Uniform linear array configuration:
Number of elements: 4
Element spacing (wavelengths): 1
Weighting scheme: binomial
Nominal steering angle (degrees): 45
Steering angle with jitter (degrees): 44.23
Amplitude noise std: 0.05
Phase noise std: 0.05

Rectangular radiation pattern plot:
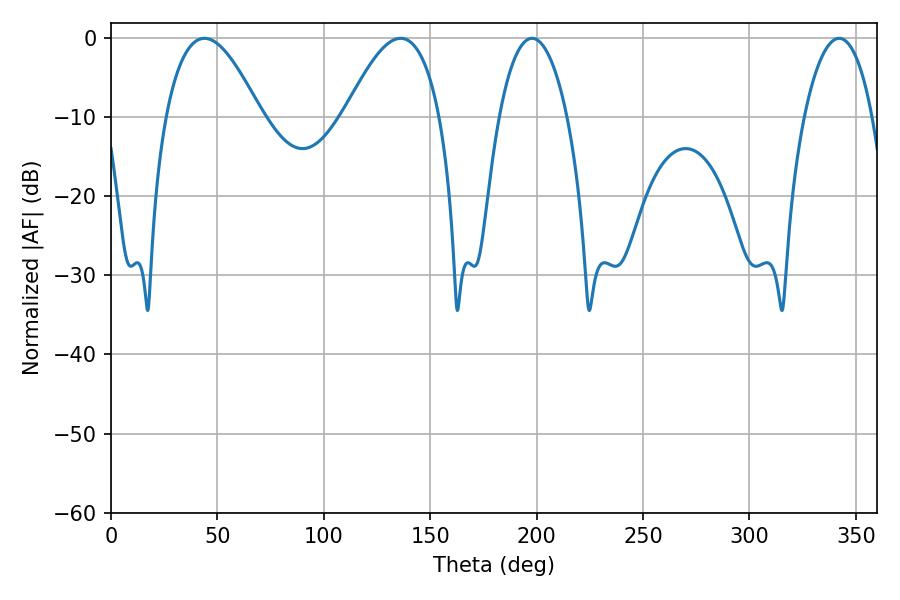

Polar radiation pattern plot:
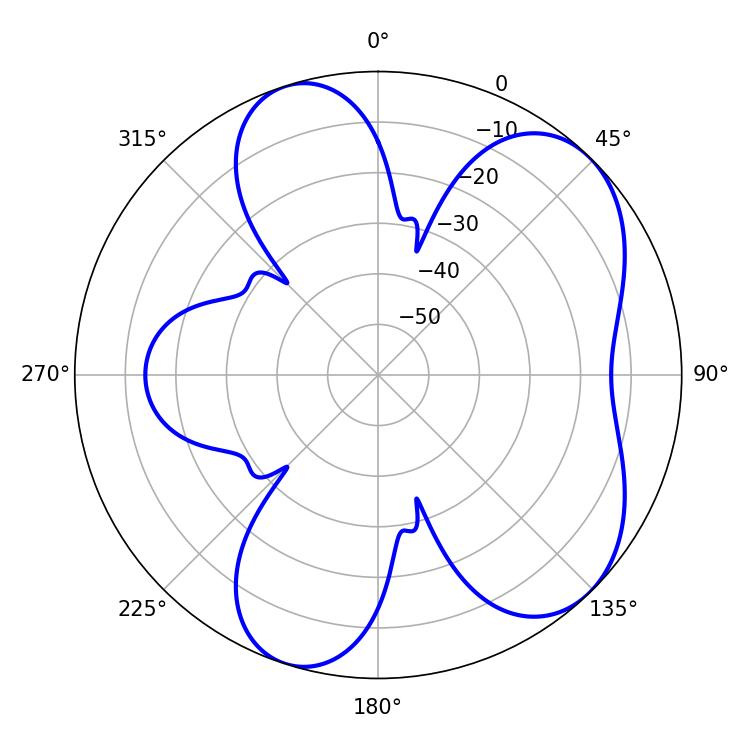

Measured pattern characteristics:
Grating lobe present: TRUE
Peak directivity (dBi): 6.41
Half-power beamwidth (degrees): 24.3
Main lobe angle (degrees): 43.92